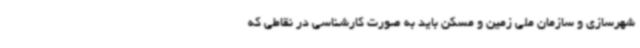
شهرسازی و سازمان ملی زمین و مسکن باید به صورت کارشناسی در نقاطی که